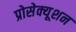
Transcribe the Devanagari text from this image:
प्रोसेक्यूशन